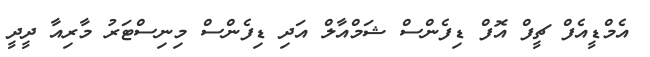
އެމްޑީއެފް ޗީފް އޮފް ޑިފެންސް ޝަމްއާލް އަދި ޑިފެންސް މިނިސްޓަރު މާރިއާ ދީދީ